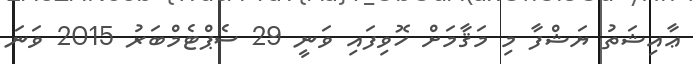
ޢާއިޝަތު ޔަޝްފާ މި މަޤާމަށް ހޮވިފައި ވަނީ 29 ސެޕްޓެމްބަރު 2015 ވަނަ